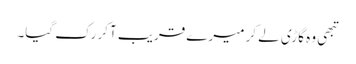
تبھی وہ گاڑی لے کر میرے قریب آکر رک گیا۔